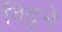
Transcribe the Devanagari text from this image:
विट्टने